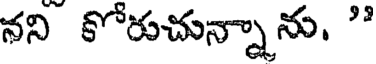
నని కోరుచున్నాను. "